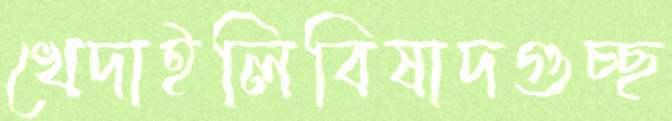
খেদাইলিবিষাদগুচ্ছ